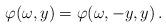
LaTeX: \begin{align*}\varphi(\omega,y)= \varphi(\omega, -y, y)\,.\end{align*}